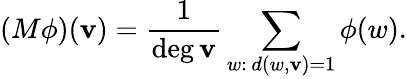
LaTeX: (M\phi)(\mathbf{v})={\frac{{1}}{{\deg\mathbf{v}}}}\sum_{w:\, d(w,\mathbf{v})=1}\phi(w).